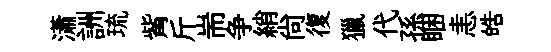
瀟詶琉觜斤耑争綃尚復獵代孫睏恚皓